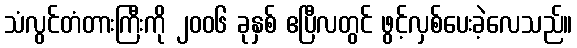
သံလွင်တံတားကြီးကို ၂၀၀၆ ခုနှစ် ဧပြီလတွင် ဖွင့်လှစ်ပေးခဲ့လေသည်။